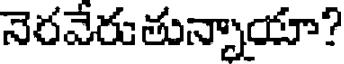
నెరవేరుతున్నాయా?